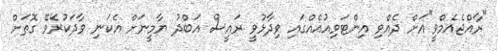
"ރާއްޖެއެމްވީ"އަށް ދެއްވި އިންޓަވިއުއެއްގައި ވިދާޅުވީ ރައީސް އަބްދު ޔާމީނަށް އެކަނި ވާދަކުރެވޭ ގޮތަށް